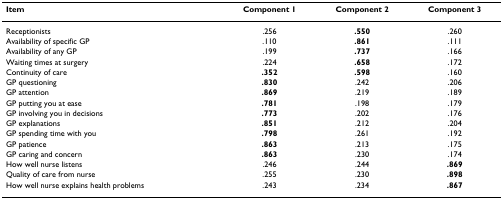
<table><thead><tr><td><b>Item</b></td><td><b>Component 1</b></td><td><b>Component 2</b></td><td><b>Component 3</b></td></tr></thead><tbody><tr><td>Receptionists</td><td>.256</td><td><b>.550</b></td><td>.260</td></tr><tr><td>Availability of specific GP</td><td>.110</td><td><b>.861</b></td><td>.111</td></tr><tr><td>Availability of any GP</td><td>.199</td><td><b>.737</b></td><td>.166</td></tr><tr><td>Waiting times at surgery</td><td>.224</td><td><b>.658</b></td><td>.172</td></tr><tr><td>Continuity of care</td><td><b>.352</b></td><td><b>.598</b></td><td>.160</td></tr><tr><td>GP questioning</td><td><b>.830</b></td><td>.242</td><td>.206</td></tr><tr><td>GP attention</td><td><b>.869</b></td><td>.219</td><td>.189</td></tr><tr><td>GP putting you at ease</td><td><b>.781</b></td><td>.198</td><td>.179</td></tr><tr><td>GP involving you in decisions</td><td><b>.773</b></td><td>.202</td><td>.176</td></tr><tr><td>GP explanations</td><td><b>.851</b></td><td>.212</td><td>.204</td></tr><tr><td>GP spending time with you</td><td><b>.798</b></td><td>.261</td><td>.192</td></tr><tr><td>GP patience</td><td><b>.863</b></td><td>.213</td><td>.175</td></tr><tr><td>GP caring and concern</td><td><b>.863</b></td><td>.230</td><td>.174</td></tr><tr><td>How well nurse listens</td><td>.246</td><td>.244</td><td><b>.869</b></td></tr><tr><td>Quality of care from nurse</td><td>.255</td><td>.230</td><td><b>.898</b></td></tr><tr><td>How well nurse explains health problems</td><td>.243</td><td>.234</td><td><b>.867</b></td></tr></tbody></table>